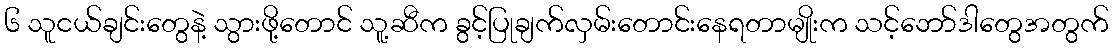
၆ သူငယ်ချင်းတွေနဲ့ သွားဖို့တောင် သူ့ဆီက ခွင့်ပြုချက်လှမ်းတောင်းနေရတာမျိုးက သင့်ဘော်ဒါတွေအတွက်